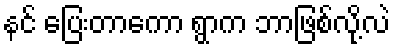
နင် ပြေးတာကော ရွာက ဘာဖြစ်လို့လဲ